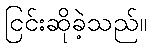
ငြင်းဆိုခဲ့သည်။